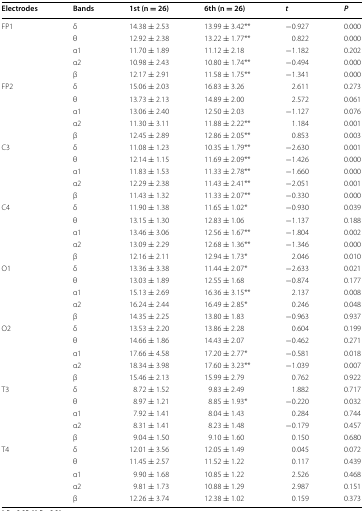
<table><thead><tr><td><b>Electrodes</b></td><td><b>Bands</b></td><td><b>1st (n = 26)</b></td><td><b>6th (n = 26)</b></td><td><b><i>t</i></b></td><td><b><i>P</i></b></td></tr></thead><tbody><tr><td rowspan="5">FP1</td><td>δ</td><td>14.38 ± 2.53</td><td>13.99 ± 3.42**</td><td>−0.927</td><td>0.000</td></tr><tr><td>θ</td><td>12.92 ± 2.38</td><td>13.22 ± 1.77**</td><td>0.822</td><td>0.000</td></tr><tr><td>α1</td><td>11.70 ± 1.89</td><td>11.12 ± 2.18</td><td>−1.182</td><td>0.202</td></tr><tr><td>α2</td><td>10.98 ± 2.43</td><td>10.80 ± 1.74**</td><td>−0.494</td><td>0.000</td></tr><tr><td>β</td><td>12.17 ± 2.91</td><td>11.58 ± 1.75**</td><td>−1.341</td><td>0.000</td></tr><tr><td rowspan="5">FP2</td><td>δ</td><td>15.06 ± 2.03</td><td>16.83 ± 3.26</td><td>2.611</td><td>0.273</td></tr><tr><td>θ</td><td>13.73 ± 2.13</td><td>14.89 ± 2.00</td><td>2.572</td><td>0.061</td></tr><tr><td>α1</td><td>13.06 ± 2.40</td><td>12.50 ± 2.03</td><td>−1.127</td><td>0.076</td></tr><tr><td>α2</td><td>11.30 ± 3.11</td><td>11.88 ± 2.22**</td><td>1.184</td><td>0.001</td></tr><tr><td>β</td><td>12.45 ± 2.89</td><td>12.86 ± 2.05**</td><td>0.853</td><td>0.003</td></tr><tr><td rowspan="5">C3</td><td>δ</td><td>11.08 ± 1.23</td><td>10.35 ± 1.79**</td><td>−2.630</td><td>0.001</td></tr><tr><td>θ</td><td>12.14 ± 1.15</td><td>11.69 ± 2.09**</td><td>−1.426</td><td>0.000</td></tr><tr><td>α1</td><td>11.83 ± 1.53</td><td>11.33 ± 2.78**</td><td>−1.660</td><td>0.000</td></tr><tr><td>α2</td><td>12.29 ± 2.38</td><td>11.43 ± 2.41**</td><td>−2.051</td><td>0.001</td></tr><tr><td>β</td><td>11.43 ± 1.32</td><td>11.33 ± 2.07**</td><td>−0.330</td><td>0.000</td></tr><tr><td rowspan="5">C4</td><td>δ</td><td>11.90 ± 1.38</td><td>11.65 ± 1.02*</td><td>−0.930</td><td>0.039</td></tr><tr><td>θ</td><td>13.15 ± 1.30</td><td>12.83 ± 1.06</td><td>−1.137</td><td>0.188</td></tr><tr><td>α1</td><td>13.46 ± 3.06</td><td>12.56 ± 1.67**</td><td>−1.804</td><td>0.002</td></tr><tr><td>α2</td><td>13.09 ± 2.29</td><td>12.68 ± 1.36**</td><td>−1.346</td><td>0.000</td></tr><tr><td>β</td><td>12.16 ± 2.11</td><td>12.94 ± 1.73*</td><td>2.046</td><td>0.010</td></tr><tr><td rowspan="5">O1</td><td>δ</td><td>13.36 ± 3.38</td><td>11.44 ± 2.07*</td><td>−2.633</td><td>0.021</td></tr><tr><td>θ</td><td>13.03 ± 1.89</td><td>12.55 ± 1.68</td><td>−0.874</td><td>0.177</td></tr><tr><td>α1</td><td>15.13 ± 2.69</td><td>16.36 ± 3.15**</td><td>2.137</td><td>0.008</td></tr><tr><td>α2</td><td>16.24 ± 2.44</td><td>16.49 ± 2.85*</td><td>0.246</td><td>0.048</td></tr><tr><td>β</td><td>14.35 ± 2.25</td><td>13.80 ± 1.83</td><td>−0.963</td><td>0.937</td></tr><tr><td rowspan="5">O2</td><td>δ</td><td>13.53 ± 2.20</td><td>13.86 ± 2.28</td><td>0.604</td><td>0.199</td></tr><tr><td>θ</td><td>14.66 ± 1.86</td><td>14.43 ± 2.07</td><td>−0.462</td><td>0.271</td></tr><tr><td>α1</td><td>17.66 ± 4.58</td><td>17.20 ± 2.77*</td><td>−0.581</td><td>0.018</td></tr><tr><td>α2</td><td>18.34 ± 3.98</td><td>17.60 ± 3.23**</td><td>−1.039</td><td>0.007</td></tr><tr><td>β</td><td>15.46 ± 2.13</td><td>15.99 ± 2.79</td><td>0.762</td><td>0.922</td></tr><tr><td rowspan="5">T3</td><td>δ</td><td>8.72 ± 1.52</td><td>9.83 ± 2.49</td><td>1.882</td><td>0.717</td></tr><tr><td>θ</td><td>8.97 ± 1.21</td><td>8.85 ± 1.93*</td><td>−0.220</td><td>0.032</td></tr><tr><td>α1</td><td>7.92 ± 1.41</td><td>8.04 ± 1.43</td><td>0.284</td><td>0.744</td></tr><tr><td>α2</td><td>8.31 ± 1.41</td><td>8.23 ± 1.48</td><td>−0.179</td><td>0.457</td></tr><tr><td>β</td><td>9.04 ± 1.50</td><td>9.10 ± 1.60</td><td>0.150</td><td>0.680</td></tr><tr><td rowspan="5">T4</td><td>δ</td><td>12.01 ± 3.56</td><td>12.05 ± 1.49</td><td>0.045</td><td>0.072</td></tr><tr><td>θ</td><td>11.45 ± 2.57</td><td>11.52 ± 1.22</td><td>0.117</td><td>0.439</td></tr><tr><td>α1</td><td>9.90 ± 1.68</td><td>10.85 ± 1.22</td><td>2.526</td><td>0.468</td></tr><tr><td>α2</td><td>9.81 ± 1.73</td><td>10.88 ± 1.29</td><td>2.987</td><td>0.151</td></tr><tr><td>β</td><td>12.26 ± 3.74</td><td>12.38 ± 1.02</td><td>0.159</td><td>0.373</td></tr></tbody></table>